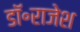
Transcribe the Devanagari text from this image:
डॉ॰राजेश